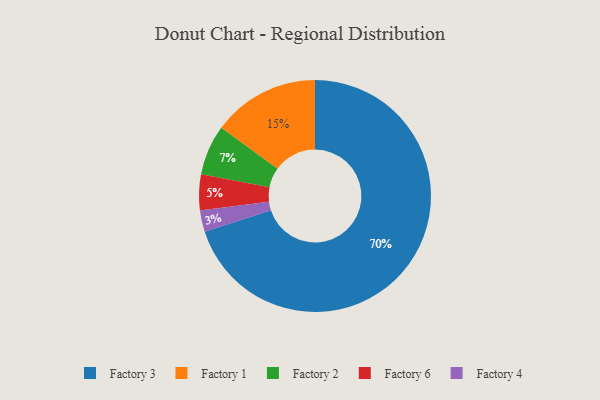
{"axis": {"x": "Category", "y": "Percentage"}, "legend": ["Factory 1", "Factory 2", "Factory 3", "Factory 4", "Factory 6"], "data": [{"x": "Factory 2", "y": 7, "type": "Factory 2"}, {"x": "Factory 3", "y": 70, "type": "Factory 3"}, {"x": "Factory 1", "y": 15, "type": "Factory 1"}, {"x": "Factory 4", "y": 3, "type": "Factory 4"}, {"x": "Factory 6", "y": 5, "type": "Factory 6"}]}